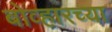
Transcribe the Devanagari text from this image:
बोव्हारच्या